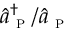
\hat { a } _ { \textsc { p } } ^ { \dagger } / \hat { a } _ { \textsc { p } }